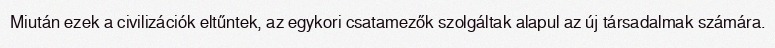
Miután ezek a civilizációk eltűntek, az egykori csatamezők szolgáltak alapul az új társadalmak számára.